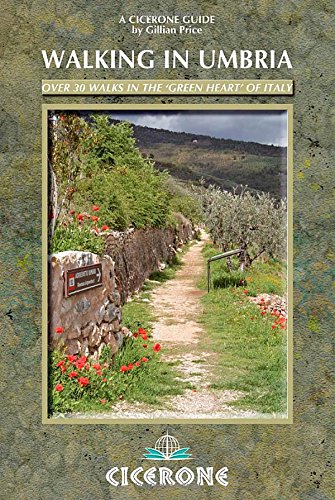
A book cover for Walking in Umbria (Cicerone Guides); Gillian Price; Travel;